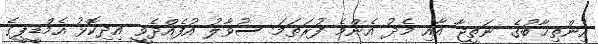
އިންތިޚާބުގެ ނަތީޖާ އާއި މެދު އެންމެ ފުރަތަމަ ސުވާލު އުފެއްދެވީ އިދިކޮޅު އެމްޑީޕީގެ